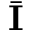
\bar { \mathbf { I } }